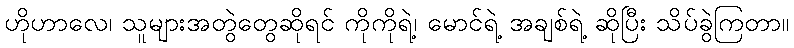
ဟိုဟာလေ၊ သူများအတွဲတွေဆိုရင် ကိုကိုရဲ့၊ မောင်ရဲ့ အချစ်ရဲ့ ဆိုပြီး သိပ်ခွဲကြတာ။